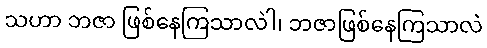
သဟာ ဘဇာ ဖြစ်နေကြသာလဲါ၊ ဘဇာဖြစ်နေကြသာလဲ